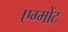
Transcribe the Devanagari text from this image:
एग्मोंट